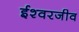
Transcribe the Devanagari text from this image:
ईश्वरजीव